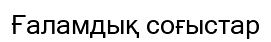
Ғаламдық соғыстар